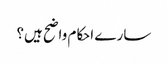
سارے احکام واضح ہیں؟